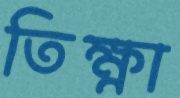
তিক্ষ্ণা